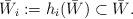
LaTeX: \begin{align*} \bar W_{i} := h_i(\bar W)\subset \bar W.\end{align*}